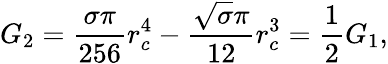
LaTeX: G_{2}=\frac{\sigma\pi}{256}r_{c}^{4}-\frac{\sqrt{\sigma}\pi}{12}r_{c}^{3}=\frac{1}{2}G_{1},